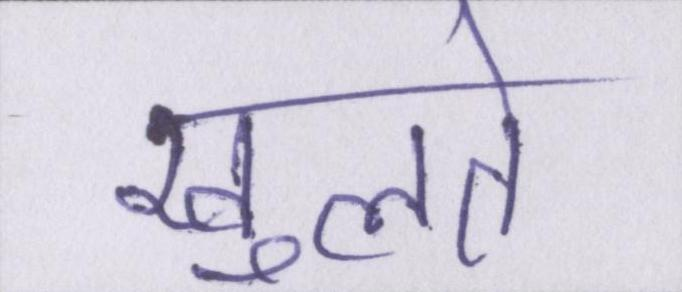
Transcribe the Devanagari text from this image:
खुलते